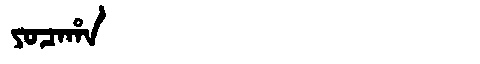
Manchu: ᠶᠣᠴᠠᡥᠠ
Romanization: YOCAHA